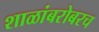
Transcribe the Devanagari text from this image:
शाळांबरोबरच